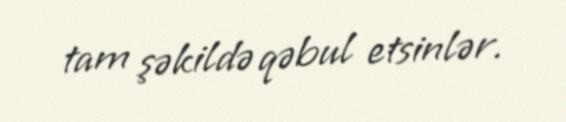
tam şəkildə qəbul etsinlər.